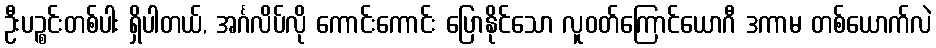
ဦးပဉ္စင်းတစ်ပါး ရှိပါတယ်, အင်္ဂလိပ်လို ကောင်းကောင်း ပြောနိုင်သော လူဝတ်ကြောင်ယောဂီ ဒကာမ တစ်ယောက်လဲ